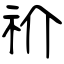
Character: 祄